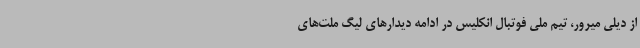
از دیلی میرور، تیم ملی فوتبال انکلیس در ادامه دیدارهای لیگ ملت‌های